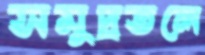
সমুদ্রতলে